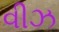
વીઝ